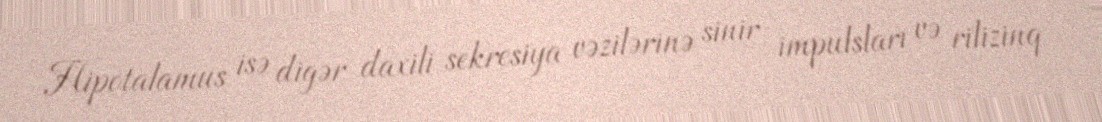
Hipotalamus isə digər daxili sekresiya vəzilərinə sinir impulsları və rilizinq